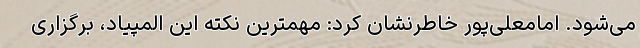
می‌شود. امامعلی‌پور خاطرنشان کرد: مهمترین نکته این المپیاد، برگزاری